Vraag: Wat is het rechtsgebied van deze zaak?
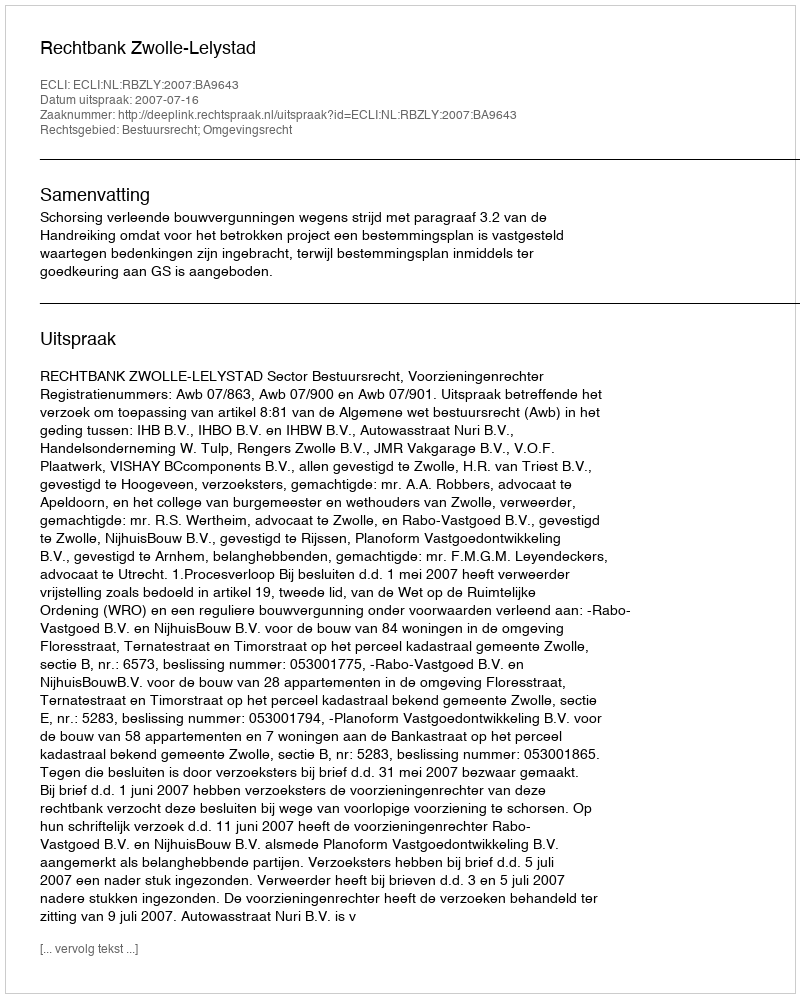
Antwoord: Bestuursrecht; Omgevingsrecht